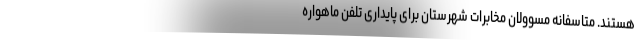
هستند. متاسفانه مسوولان مخابرات شهرستان برای پایداری تلفن ماهواره